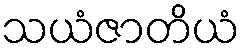
သယံဇာတိယံ